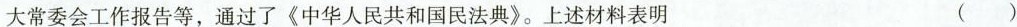
大常委会工作报告等，通过了《中华人民共和国民法典》。上述材料表明 ( )